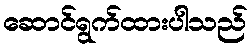
ဆောင်ရွက်ထားပါသည်